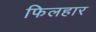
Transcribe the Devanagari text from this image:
फिलहार